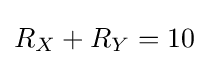
R_{X}+R_{Y}=10